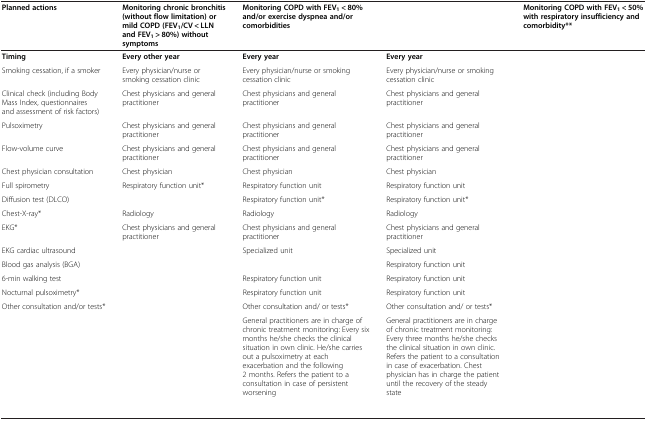
<table><thead><tr><td><b>Planned actions</b></td><td><b>Monitoring chronic bronchitis (without flow limitation) or mild COPD (FEV<sub>1</sub>/CV &lt; LLN and FEV<sub>1</sub> &gt; 80%) without symptoms</b></td><td><b>Monitoring COPD with FEV<sub>1</sub> &lt; 80% and/or exercise dyspnea and/or comorbidities</b></td><td>[EMPTY_CELL]</td><td><b>Monitoring COPD with FEV<sub>1</sub> &lt; 50% with respiratory insufficiency and comorbidity**</b></td></tr></thead><tbody><tr><td><b>Timing</b></td><td><b>Every other year</b></td><td><b>Every year</b></td><td><b>Every year</b></td><td>[EMPTY_CELL]</td></tr><tr><td>Smoking cessation, if a smoker</td><td>Every physician/nurse or smoking cessation clinic</td><td>Every physician/nurse or smoking cessation clinic</td><td>Every physician/nurse or smoking cessation clinic</td><td>[EMPTY_CELL]</td></tr><tr><td>Clinical check (including Body Mass Index, questionnaires and assessment of risk factors)</td><td>Chest physicians and general practitioner</td><td>Chest physicians and general practitioner</td><td>Chest physicians and general practitioner</td><td>[EMPTY_CELL]</td></tr><tr><td>Pulsoximetry</td><td>Chest physicians and general practitioner</td><td>Chest physicians and general practitioner</td><td>Chest physicians and general practitioner</td><td>[EMPTY_CELL]</td></tr><tr><td>Flow-volume curve</td><td>Chest physicians and general practitioner</td><td>Chest physicians and general practitioner</td><td>Chest physicians and general practitioner</td><td>[EMPTY_CELL]</td></tr><tr><td>Chest physician consultation</td><td>Chest physician</td><td>Chest physician</td><td>Chest physician</td><td>[EMPTY_CELL]</td></tr><tr><td>Full spirometry</td><td>Respiratory function unit*</td><td>Respiratory function unit</td><td>Respiratory function unit</td><td>[EMPTY_CELL]</td></tr><tr><td>Diffusion test (DLCO)</td><td>[EMPTY_CELL]</td><td>Respiratory function unit*</td><td>Respiratory function unit*</td><td>[EMPTY_CELL]</td></tr><tr><td>Chest-X-ray*</td><td>Radiology</td><td>Radiology</td><td>Radiology</td><td>[EMPTY_CELL]</td></tr><tr><td>EKG*</td><td>Chest physicians and general practitioner</td><td>Chest physicians and general practitioner</td><td>Chest physicians and general practitioner</td><td>[EMPTY_CELL]</td></tr><tr><td>EKG cardiac ultrasound</td><td>[EMPTY_CELL]</td><td>Specialized unit</td><td>Specialized unit</td><td>[EMPTY_CELL]</td></tr><tr><td>Blood gas analysis (BGA)</td><td>[EMPTY_CELL]</td><td>[EMPTY_CELL]</td><td>Respiratory function unit</td><td>[EMPTY_CELL]</td></tr><tr><td>6-min walking test</td><td>[EMPTY_CELL]</td><td>Respiratory function unit</td><td>Respiratory function unit</td><td>[EMPTY_CELL]</td></tr><tr><td>Nocturnal pulsoximetry*</td><td>[EMPTY_CELL]</td><td>Respiratory function unit</td><td>Respiratory function unit</td><td>[EMPTY_CELL]</td></tr><tr><td>Other consultation and/or tests*</td><td>[EMPTY_CELL]</td><td>Other consultation and/ or tests*</td><td>Other consultation and/ or tests*</td><td>[EMPTY_CELL]</td></tr><tr><td>[EMPTY_CELL]</td><td>[EMPTY_CELL]</td><td>General practitioners are in charge of chronic treatment monitoring: Every six months he/she checks the clinical situation in own clinic. He/she carries out a pulsoximetry at each exacerbation and the following 2 months. Refers the patient to a consultation in case of persistent worsening</td><td>General practitioners are in charge of chronic treatment monitoring: Every three months he/she checks the clinical situation in own clinic. Refers the patient to a consultation in case of exacerbation. Chest physician has in charge the patient until the recovery of the steady state</td><td>[EMPTY_CELL]</td></tr></tbody></table>